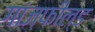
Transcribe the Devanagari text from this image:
गांजफील्ड